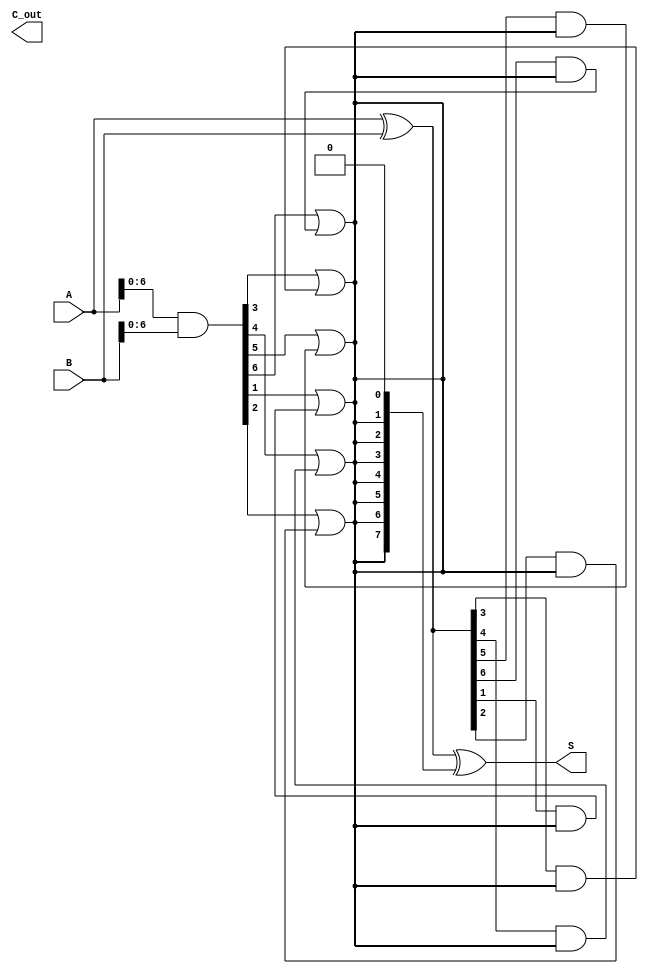
module KoggeStoneAdder #(
    parameter N = 8 // Width of the adder
)(
    input  [N-1:0] A, // First operand
    input  [N-1:0] B, // Second operand
    output [N-1:0] S, // Sum output
    output C_out      // Carry out
);

    // Generate and Propagate Signals
    wire [N-1:0] G; // Generate
    wire [N-1:0] P; // Propagate
    wire [N:0] C;   // Carry

    // Compute Generate and Propagate
    assign G = A & B;         // G[i] = A[i] & B[i]
    assign P = A ^ B;         // P[i] = A[i] ^ B[i]

    // Initial carry
    assign C[0] = 1'b0; // C[0] = 0

    // Kogge-Stone Prefix Network
    genvar i, j;
    
    // Level 1
    for (i = 0; i < N-1; i = i + 1) begin : level1
        assign C[i + 1] = G[i] | (P[i] & C[i]);
    end

    // Level 2
    for (j = 1; j < N; j = j * 2) begin : level2
        for (i = 0; i < N - j; i = i + 1) begin : level_inner
            assign C[i + j] = G[i] | (P[i] & C[i]);
        end
    end

    // Final carry out
    assign C_out = C[N];

    // Sum Calculation
    assign S = P ^ C[N-1:0]; // S[i] = P[i] ^ C[i]

endmodule